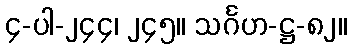
၄-ပါ-၂၄၄၊ ၂၄၅။ သင်္ဂဟ-ဋ္ဌ-၈၂။